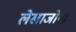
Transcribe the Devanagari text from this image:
लेखाजोगा